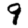
Digit: 9